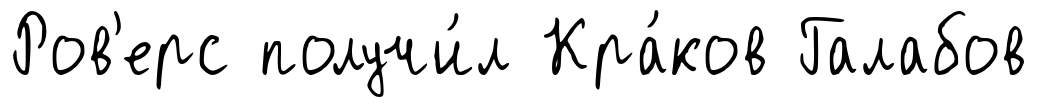
Ров'ерс получи́л Кра́ков Галабов